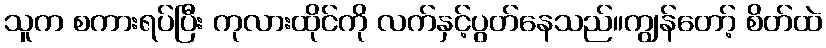
သူက စကားရပ်ပြီး ကုလားထိုင်ကို လက်နှင့်ပွတ်နေသည်။ကျွန်တော့် စိတ်ထဲ